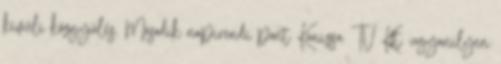
kívüli közgyűlés. Második napirendi pont Kanizsa TV Kft. ugyanilyen